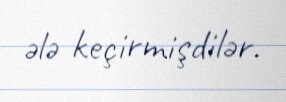
ələ keçirmişdilər.